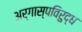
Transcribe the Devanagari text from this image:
अर्गास्पविरुद्ध